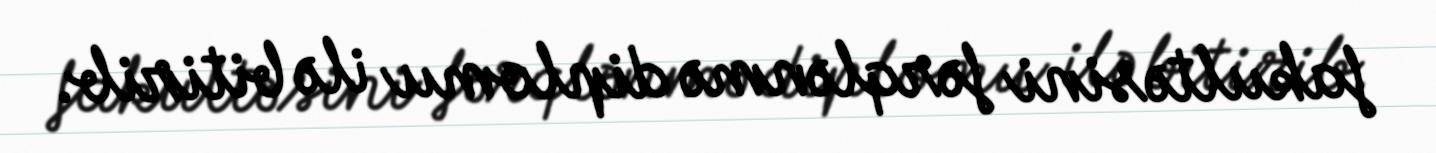
fakultəsini fərqlənmə diplomu ilə bitirib.